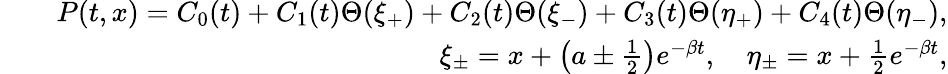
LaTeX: \begin{array}{rlr}&{}&{P(t,x)=C_{0}(t)+C_{1}(t)\Theta(\xi_{+})+C_{2}(t)\Theta(\xi_{-})+C_{3}(t)\Theta(\eta_{+})+C_{4}(t)\Theta(\eta_{-}),}\\ &{}&{\xi_{\pm}=x+\left(a\pm\frac 12\right)e^{-\beta t},\quad\eta_{\pm}=x+\frac 12e^{-\beta t},}\end{array}